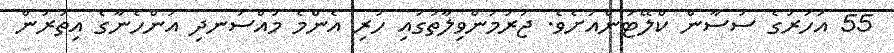
55 އަހަރުގެ ސުސާން ކްލޭޓަންއަށެވެ. ޖަރުމަންވިލާތުގައި ހުރި އެންމެ މުއްސަނދި އަންހެނާގެ އިތުރުން